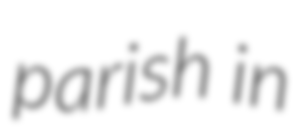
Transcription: parish in